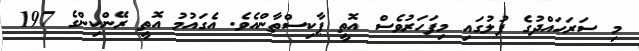
މި ސަރަހައްދުގެ ފުލުގައި މިފަހަރުވެސް އޮތީ ޕާކިސްތާންއެވެ. އެގައުމު އޮތީ ރޭންކިންގެ 197